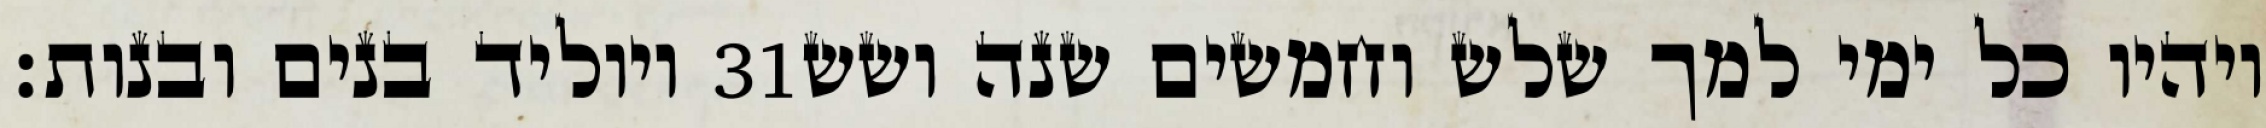
ויוליד בנים ובנות׃ ‎31‏ ויהיו כל ימי למך שלש וחמשים שנה ושש